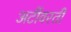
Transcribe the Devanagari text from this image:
अटींवरती